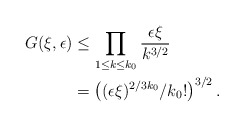
\begin{align*} G(\xi, \epsilon)&\leq \prod_{1\leq k \leq k_0} \frac{\epsilon \xi}{k^{3/2}}\\ &= \left( (\epsilon \xi)^{2/3 k_0} /k_0! \right)^{3/2}. \end{align*}